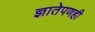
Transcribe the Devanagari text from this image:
ज्ञातेपणही